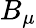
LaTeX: B_{\mu}